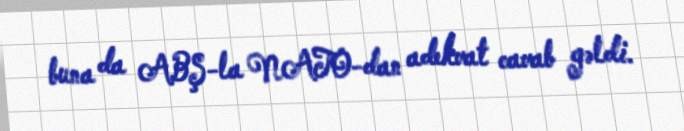
buna da ABŞ-la NATO-dan adekvat cavab gəldi.